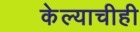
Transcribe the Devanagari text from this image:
केल्याचीही